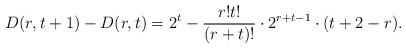
LaTeX: \begin{align*} D(r, t+1)-D(r,t)=2^t-\frac {r!t!}{(r+t)!}\cdot 2^{r+t-1} \cdot (t+2-r).\end{align*}